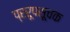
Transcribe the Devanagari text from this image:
प्ररूपसूचक